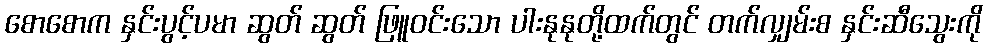
စောစောက နှင်းပွင့်ပမာ ဆွတ် ဆွတ် ဖြူဝင်းသော ပါးနုနုတို့ထက်တွင် တက်လျှမ်းစ နှင်းဆီသွေးကို